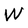
Character: W